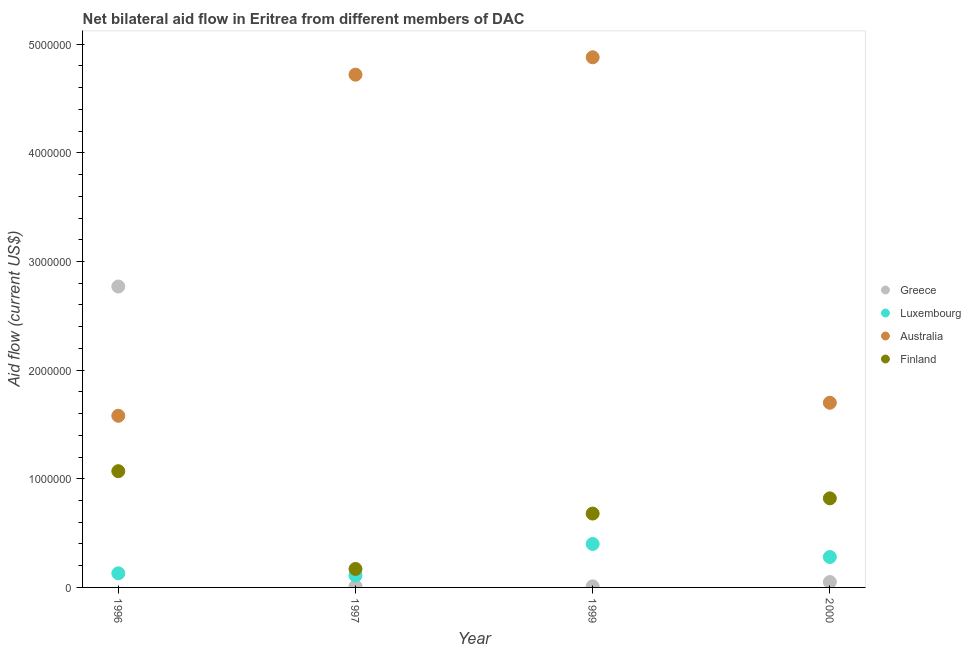
| Year | Greece | Luxembourg | Australia | Finland |
 | --- | --- | --- | --- | --- |
 | 1996 | 2.77e+06 | 1.3e+05 | 1.58e+06 | 1.07e+06 |
 | 1997 | 1e+04 | 1.1e+05 | 4.72e+06 | 1.7e+05 |
 | 1999 | 1e+04 | 4e+05 | 4.88e+06 | 6.8e+05 |
 | 2000 | 5e+04 | 2.8e+05 | 1.7e+06 | 8.2e+05 |